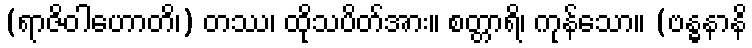
(ရာဇိဝါဟောတိ၊) တဿ၊ ထိုသပိတ်အား။ စတ္တာရိ၊ ကုန်သော။ (ဗန္ဓနာနိ